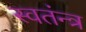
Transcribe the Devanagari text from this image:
स्वतंन्त्र